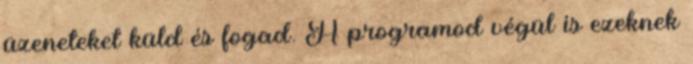
üzeneteket küld és fogad. A programod végül is ezeknek